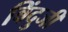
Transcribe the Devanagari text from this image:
बिंदुजी